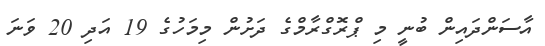
އާސަންދައިން ބުނީ މި ޕްރޮގްރާމްގެ ދަށުން މިމަހުގެ 19 އަދި 20 ވަނަ